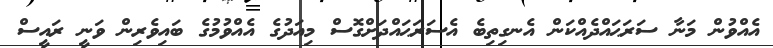
އެއްވުން މަނާ ސަރަޙައްދެއްކަން އެނގިތިބެ އެސަރަޙައްދަށްގޮސް މިއަދުގެ އެއްވުމުގެ ބައިވެރިން ވަނީ ރައީސް